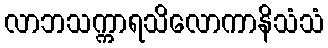
လာဘသက္ကာရသိလောကာနိသံသံ